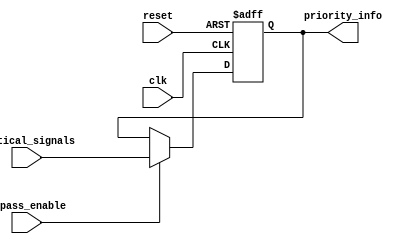
module PriorityBypassRegister (
    input   wire        clk,
    input   wire        reset,
    input   wire        bypass_enable,
    input   wire  [N-1:0]    critical_signals,
    output  reg   [N-1:0]    priority_info
);

parameter N = 8;

always @(posedge clk or posedge reset) begin
    if (reset) begin
        priority_info <= 0;
    end else begin
        if (bypass_enable) begin
            priority_info <= critical_signals;
        end
    end
end

endmodule